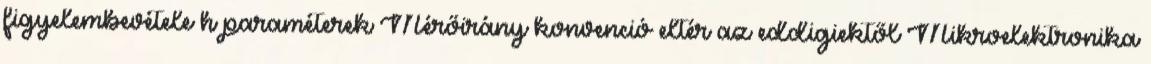
figyelembevétele h paraméterek Mérőirány konvenció eltér az eddigiektől Mikroelektronika